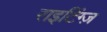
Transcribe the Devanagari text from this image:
राइटिंग्ज़